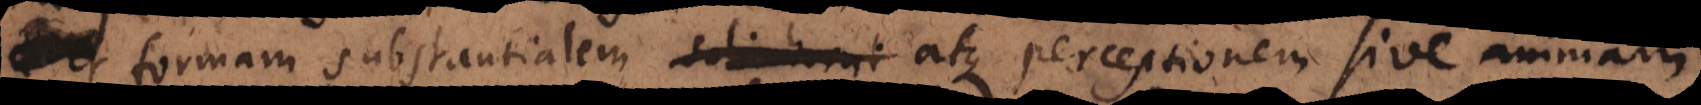
formam substantialem soli homi atque perceptionem soli homin